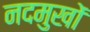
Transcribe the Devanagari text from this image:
नदमुखों